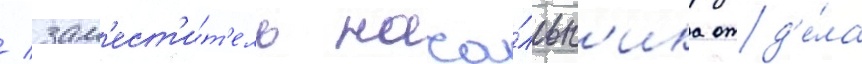
/ зам'ест'и́т'ель нача́льн'ика отд'е́ла